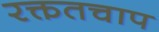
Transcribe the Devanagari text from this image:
रक्ततचाप